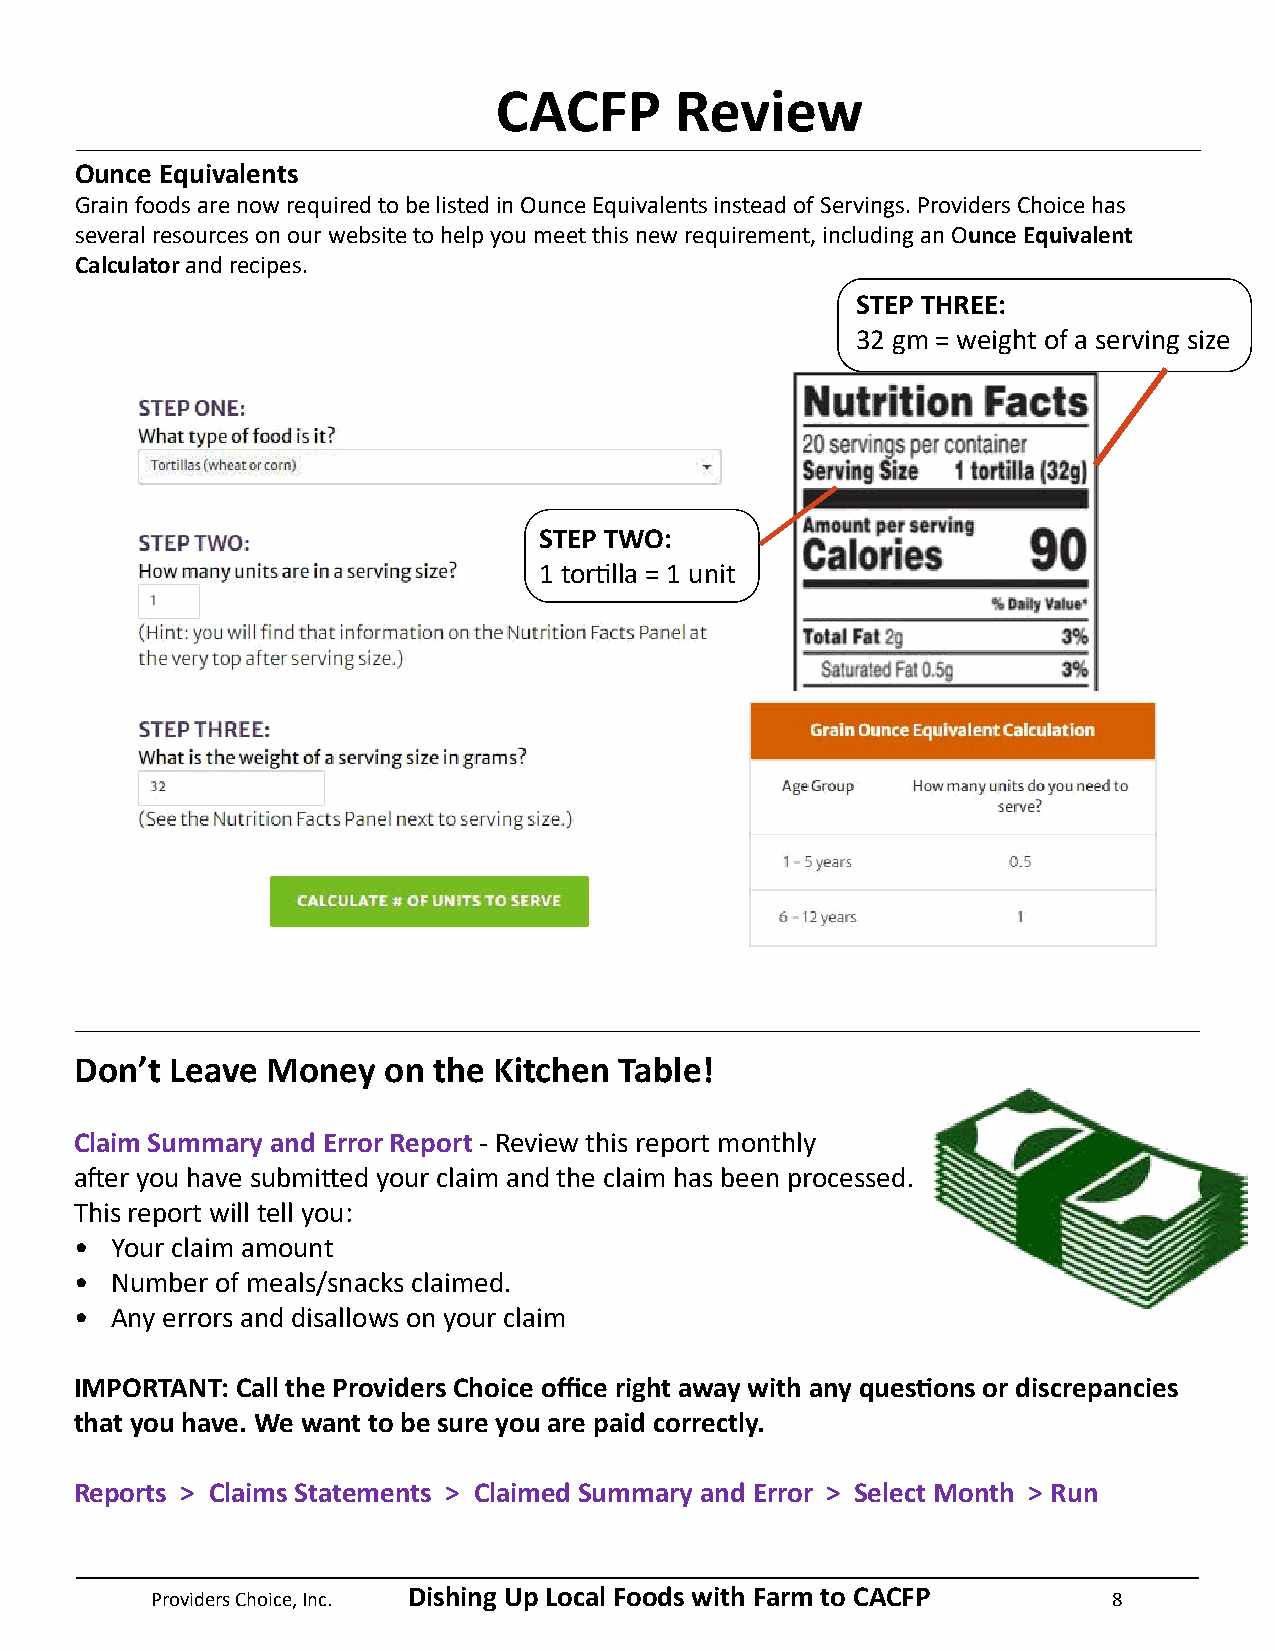
CACFP       Review
 Ounce Equivalents
 Grain foods are now required to be listed in Ounce Equivalents instead of Servings. Providers Choice has
 several resources on our website to help you meet this new requirement, including an Ounce Equivalent
 Calculator and recipes.
 STEP THREE:
 32 gm = weight of a serving size
 STEP TWO:
 1 tortilla = 1 unit
 Don’t Leave  Money  on  the Kitchen Table!
 Claim Summary and Error Report - Review this report monthly
 after you have submitted your claim and the claim has been processed.
 This report will tell you:
 • Your claim amount
 • Number of meals/snacks claimed.
 • Any errors and disallows on your claim
 IMPORTANT: Call the Providers Choice office right away with any questions or discrepancies
 that you have. We want to be sure you are paid correctly.
 Reports > Claims Statements > Claimed Summary and Error > Select Month > Run
 Providers Choice, Inc. Dishing Up Local Foods with Farm to CACFP 8